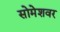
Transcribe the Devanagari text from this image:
सोमेशवर